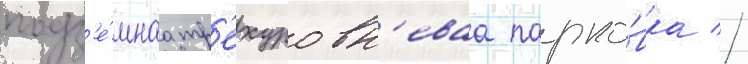
подз'е́мнаа тр'ехуровн'еваа парко́вка //